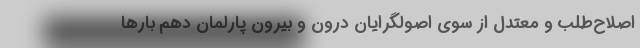
اصلاح‌طلب و معتدل از سوی اصولگرایان درون و بیرون پارلمان دهم بارها